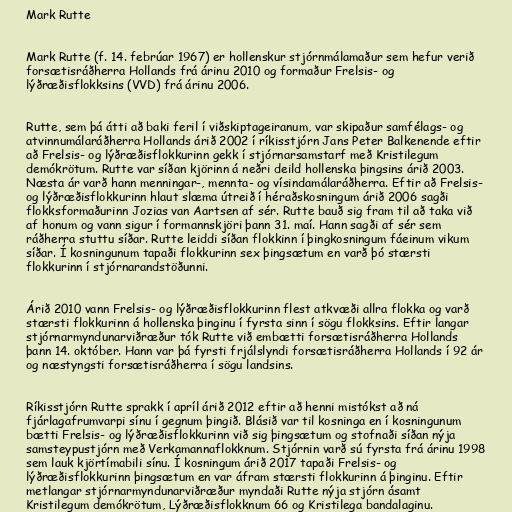
Mark Rutte

Mark Rutte (f. 14. febrúar 1967) er hollenskur stjórnmálamaður sem hefur verið
forsætisráðherra Hollands frá árinu 2010 og formaður Frelsis- og
lýðræðisflokksins (VVD) frá árinu 2006.

Rutte, sem þá átti að baki feril í viðskiptageiranum, var skipaður samfélags- og
atvinnumálaráðherra Hollands árið 2002 í ríkisstjórn Jans Peter Balkenende eftir
að Frelsis- og lýðræðisflokkurinn gekk í stjórnarsamstarf með Kristilegum
demókrötum. Rutte var síðan kjörinn á neðri deild hollenska þingsins árið 2003.
Næsta ár varð hann menningar-, mennta- og vísindamálaráðherra. Eftir að Frelsis-
og lýðræðisflokkurinn hlaut slæma útreið í héraðskosningum árið 2006 sagði
flokksformaðurinn Jozias van Aartsen af sér. Rutte bauð sig fram til að taka við
af honum og vann sigur í formannskjöri þann 31. maí. Hann sagði af sér sem
ráðherra stuttu síðar. Rutte leiddi síðan flokkinn í þingkosningum fáeinum vikum
síðar. Í kosningunum tapaði flokkurinn sex þingsætum en varð þó stærsti
flokkurinn í stjórnarandstöðunni.

Árið 2010 vann Frelsis- og lýðræðisflokkurinn flest atkvæði allra flokka og varð
stærsti flokkurinn á hollenska þinginu í fyrsta sinn í sögu flokksins. Eftir langar
stjórnarmyndunarviðræður tók Rutte við embætti forsætisráðherra Hollands
þann 14. október. Hann var þá fyrsti frjálslyndi forsætisráðherra Hollands í 92 ár
og næstyngsti forsætisráðherra í sögu landsins.

Ríkisstjórn Rutte sprakk í apríl árið 2012 eftir að henni mistókst að ná
fjárlagafrumvarpi sínu í gegnum þingið. Blásið var til kosninga en í kosningunum
bætti Frelsis- og lýðræðisflokkurinn við sig þingsætum og stofnaði síðan nýja
samsteypustjórn með Verkamannaflokknum. Stjórnin varð sú fyrsta frá árinu 1998
sem lauk kjörtímabili sínu. Í kosningum árið 2017 tapaði Frelsis- og
lýðræðisflokkurinn þingsætum en var áfram stærsti flokkurinn á þinginu. Eftir
metlangar stjórnarmyndunarviðræður myndaði Rutte nýja stjórn ásamt
Kristilegum demókrötum, Lýðræðisflokknum 66 og Kristilega bandalaginu.